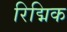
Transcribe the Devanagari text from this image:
रिद्मिक